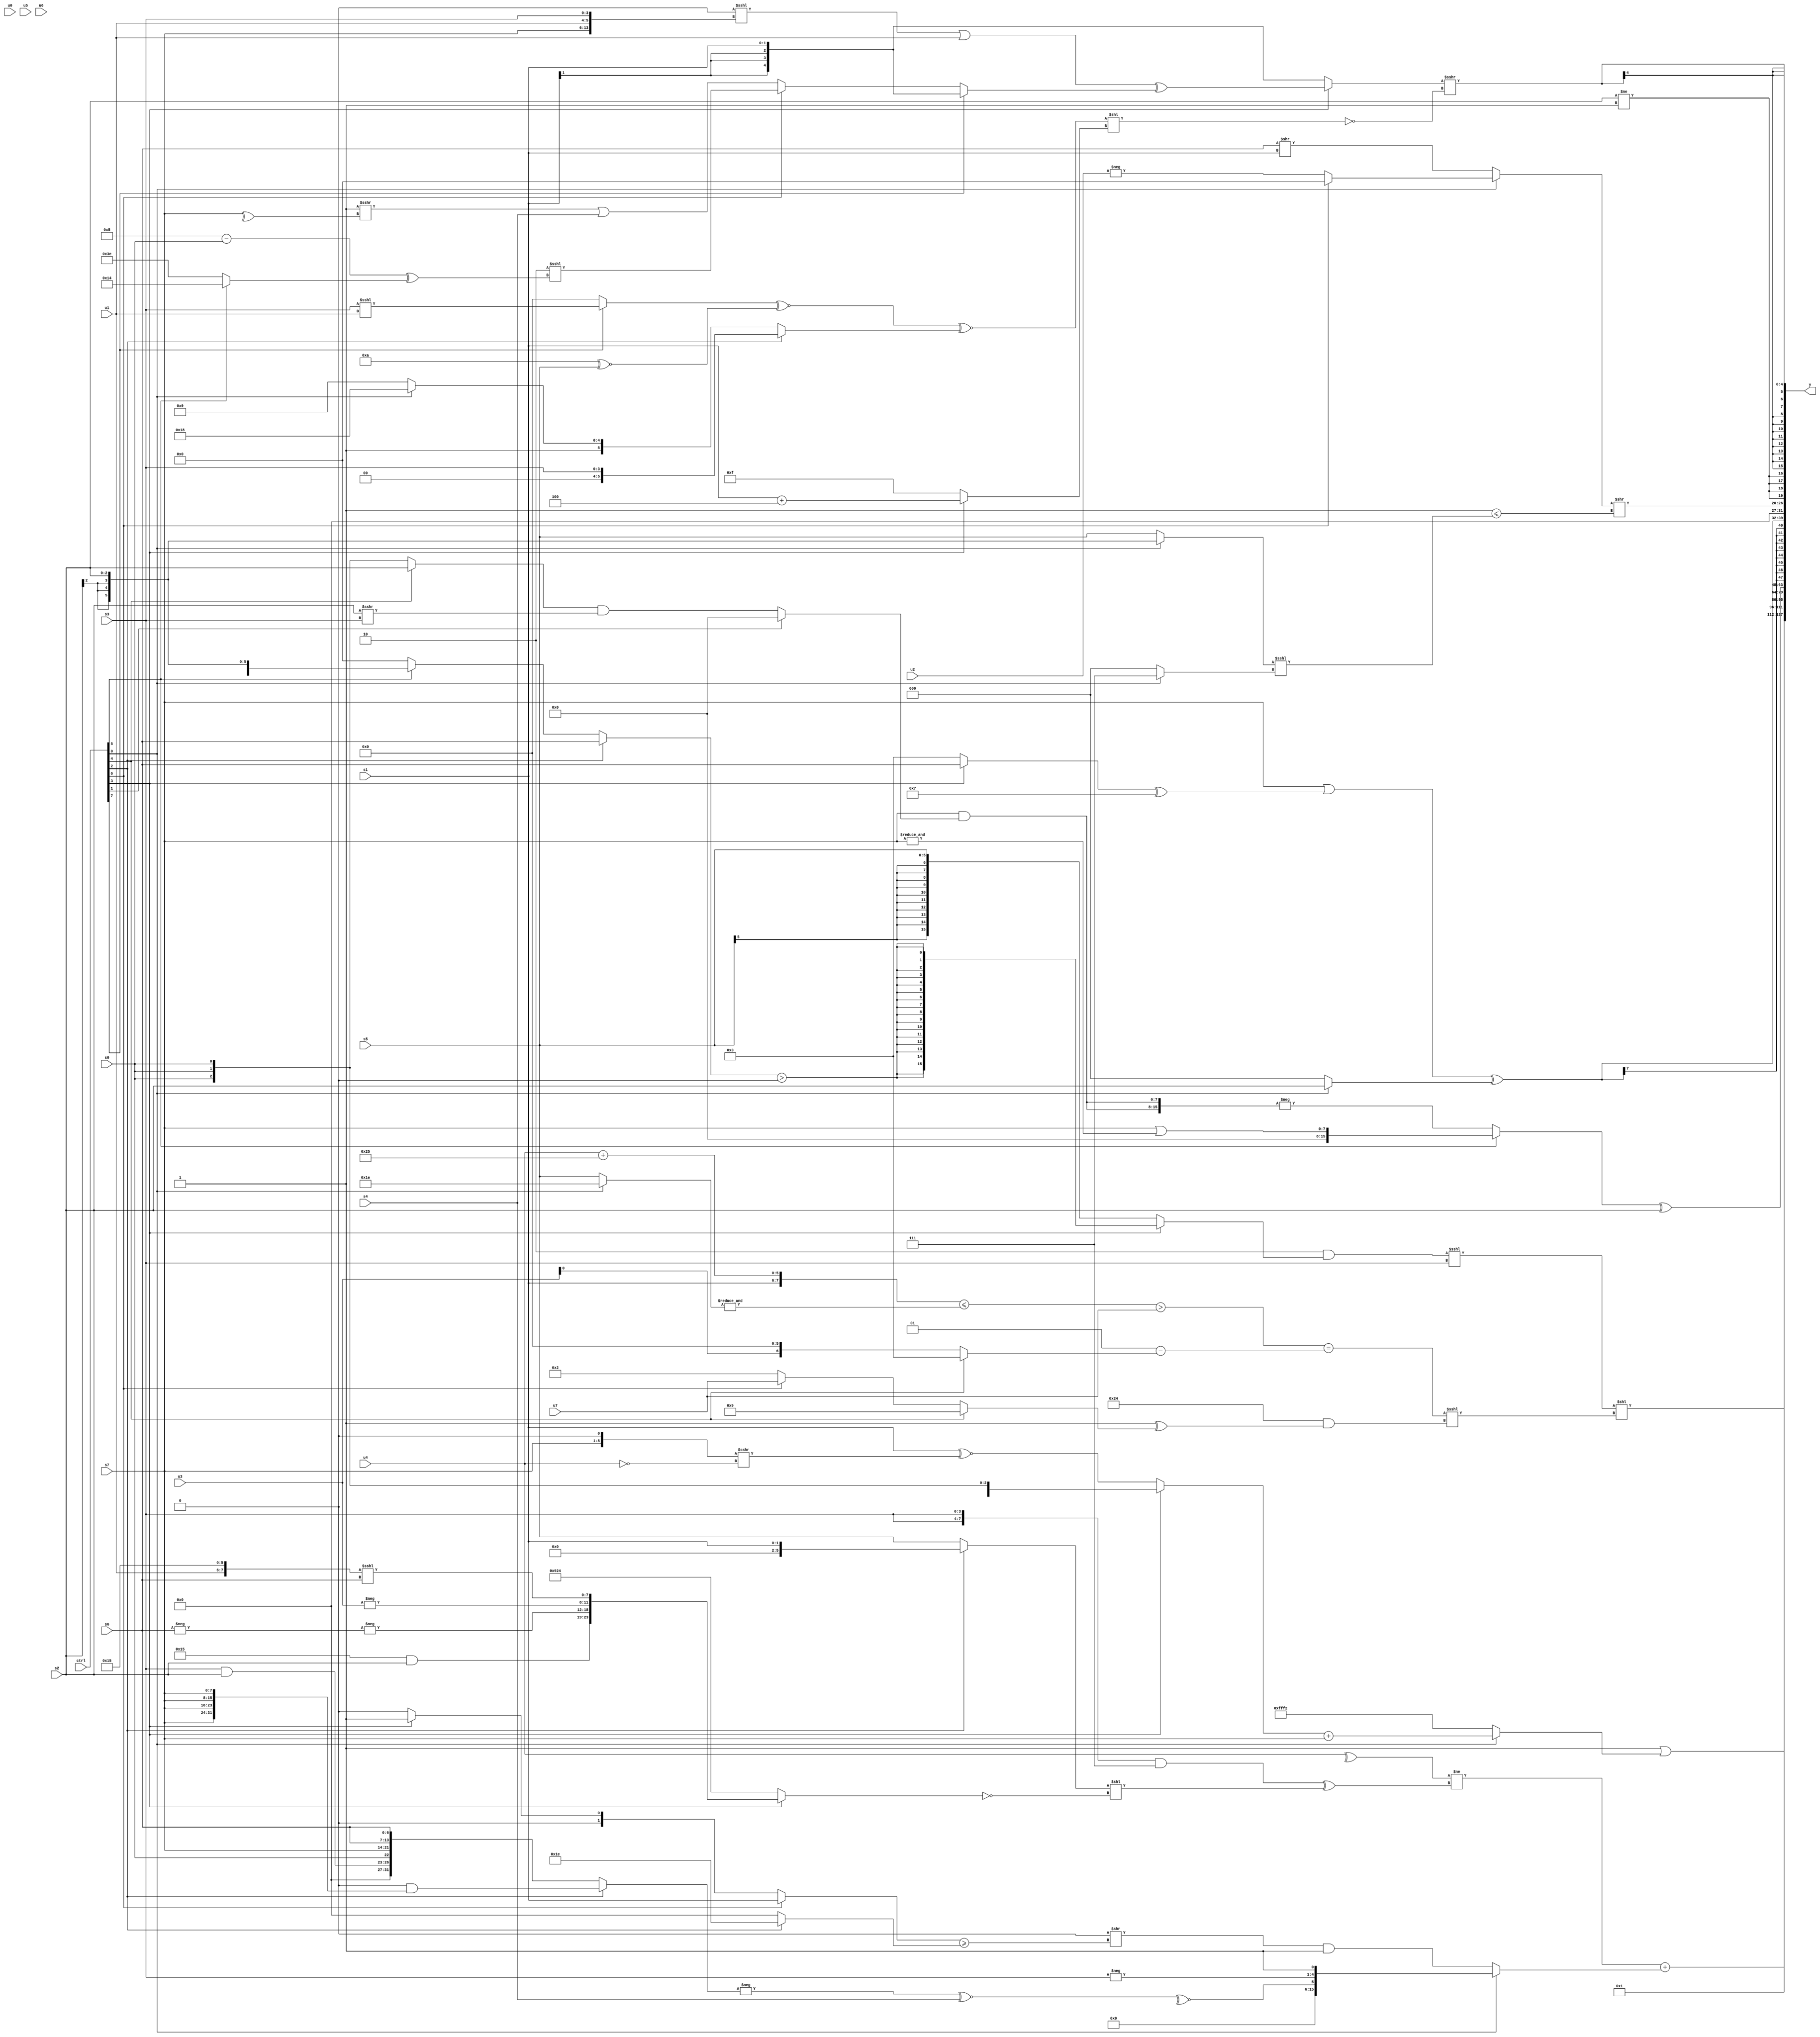
module wideexpr_00282(ctrl, u0, u1, u2, u3, u4, u5, u6, u7, s0, s1, s2, s3, s4, s5, s6, s7, y);
  input [7:0] ctrl;
  input [0:0] u0;
  input [1:0] u1;
  input [2:0] u2;
  input [3:0] u3;
  input [4:0] u4;
  input [5:0] u5;
  input [6:0] u6;
  input [7:0] u7;
  input signed [0:0] s0;
  input signed [1:0] s1;
  input signed [2:0] s2;
  input signed [3:0] s3;
  input signed [4:0] s4;
  input signed [5:0] s5;
  input signed [6:0] s6;
  input signed [7:0] s7;
  output [127:0] y;
  wire [15:0] y0;
  wire [15:0] y1;
  wire [15:0] y2;
  wire [15:0] y3;
  wire [15:0] y4;
  wire [15:0] y5;
  wire [15:0] y6;
  wire [15:0] y7;
  assign y = {y0,y1,y2,y3,y4,y5,y6,y7};
  assign y0 = ((((5'sb11111)&(2'sb10))&((ctrl[3]?$signed(((ctrl[2]?s6:(ctrl[5]?$signed(s2):$signed(1'sb0))))>(4'sb0000)):s5)))<<<(s3))<<(((($signed(({s1,$signed((u4)+(6'b100101))})<=($unsigned(&((ctrl[0]?5'b11110:s5))))))>(u7))==($signed((5'sb00001)-((ctrl[4]?3'sb011:$signed(({3'sb000,u3})<<(6'sb000110)))))))<<<(+($unsigned((6'sb100100)&((6'sb000001)^(+((ctrl[4]?(6'sb100100)>>(3'sb010):(ctrl[6]?u7:2'sb10)))))))));
  assign y1 = ((^(u4))!=((({2{s3}})&({3{($signed(-((s5)<<<(5'b11110))))<=(6'b001000)}}))^(((ctrl[2]?s1:s5))<<(~((ctrl[3]?{{1{(5'sb10101)&(s2)}},-(-(s6)),-($unsigned(u3)),({u1,6'b010101})<<<(s6)}:({2{6'sb100100}})^(~|(6'b110110))))))))+((ctrl[0]?{~^((-((ctrl[2]?(|(1'sb0))&({4{s7}}):{(s3)&(s2),+(s0),s7,{2{s6}}})))^~(s4)),-(s3),1'sb1}:((2'sb00)>>($signed(((ctrl[6]?s1:(ctrl[3]?$signed(1'sb1):&(4'sb0101))))>=((ctrl[2]?5'sb11110:3'b000)))))&(1'sb1)));
  assign y2 = (1'sb1)|((ctrl[0]?((ctrl[3]?s0:(s1)^~(((s7)<<<(2'sb01))>>>(~(u4)))))+(s7):5'sb10010));
  assign y3 = 2'b01;
  assign y4 = ((ctrl[5]?(s7)|($signed(&(s7))):-({4{($signed(s7))&((ctrl[1]?(s5)<<($signed(5'sb11101)):((ctrl[4]?s2:s0))&((s2)>>>(s3))))}})))^(s2);
  assign y5 = $signed(((s7)|(((ctrl[3]?s6:3'sb011))^(5'sb00111)))^((ctrl[0]?s2:2'sb00)));
  assign y6 = {((ctrl[0]?(ctrl[6]?-(1'sb0):-(u2)):(s6)>>(+(s1))))>>(($signed({3'b111}))<=(((ctrl[0]?s2:s5))<<<((ctrl[0]?4'b0111:3'b000)))),$signed(+({4{(s2)!=(2'sb11)}}))};
  assign y7 = $signed(((ctrl[3]?($signed(({((4'sb0011)<<<(5'b01010))<<<({s7,u1,s3})})|($unsigned(+(u1)))))^((ctrl[7]?s1:(ctrl[6]?($signed((5'sb10101)>>>(3'sb011)))<<<(((4'sb0101)-(s0))^((ctrl[5]?6'sb010100:2'sb10))):((2'sb11)>>>(^(s7)))|(s4)))):s1))>>>(!($signed(((((ctrl[7]?(s3)<<<(u1):2'sb00))^~(+((5'sb01010)^~(s5))))^~((ctrl[2]?s3:(ctrl[0]?+(6'b111000):(6'sb101001)>>>(4'sb0000)))))<<($signed((ctrl[3]?(+(s1))+(-(4'sb0100)):2'sb11)))))));
endmodule